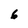
Character: 6